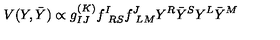
V ( Y , { \bar { Y } } ) \propto g _ { I J } ^ { ( K ) } f _ { \ R S } ^ { I } f _ { \ L M } ^ { J } Y ^ { R } { \bar { Y } } ^ { S } Y ^ { L } { \bar { Y } } ^ { M }